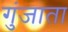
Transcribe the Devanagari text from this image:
गुंजाता